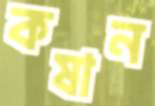
কষান